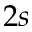
2 s